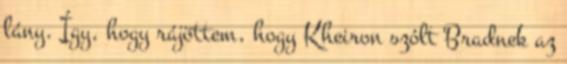
lány. Így, hogy rájöttem, hogy Kheiron szólt Bradnek az